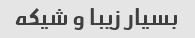
بسیار زیبا و شیکه